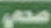
صحي